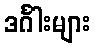
ဒင်္ဂါးများ